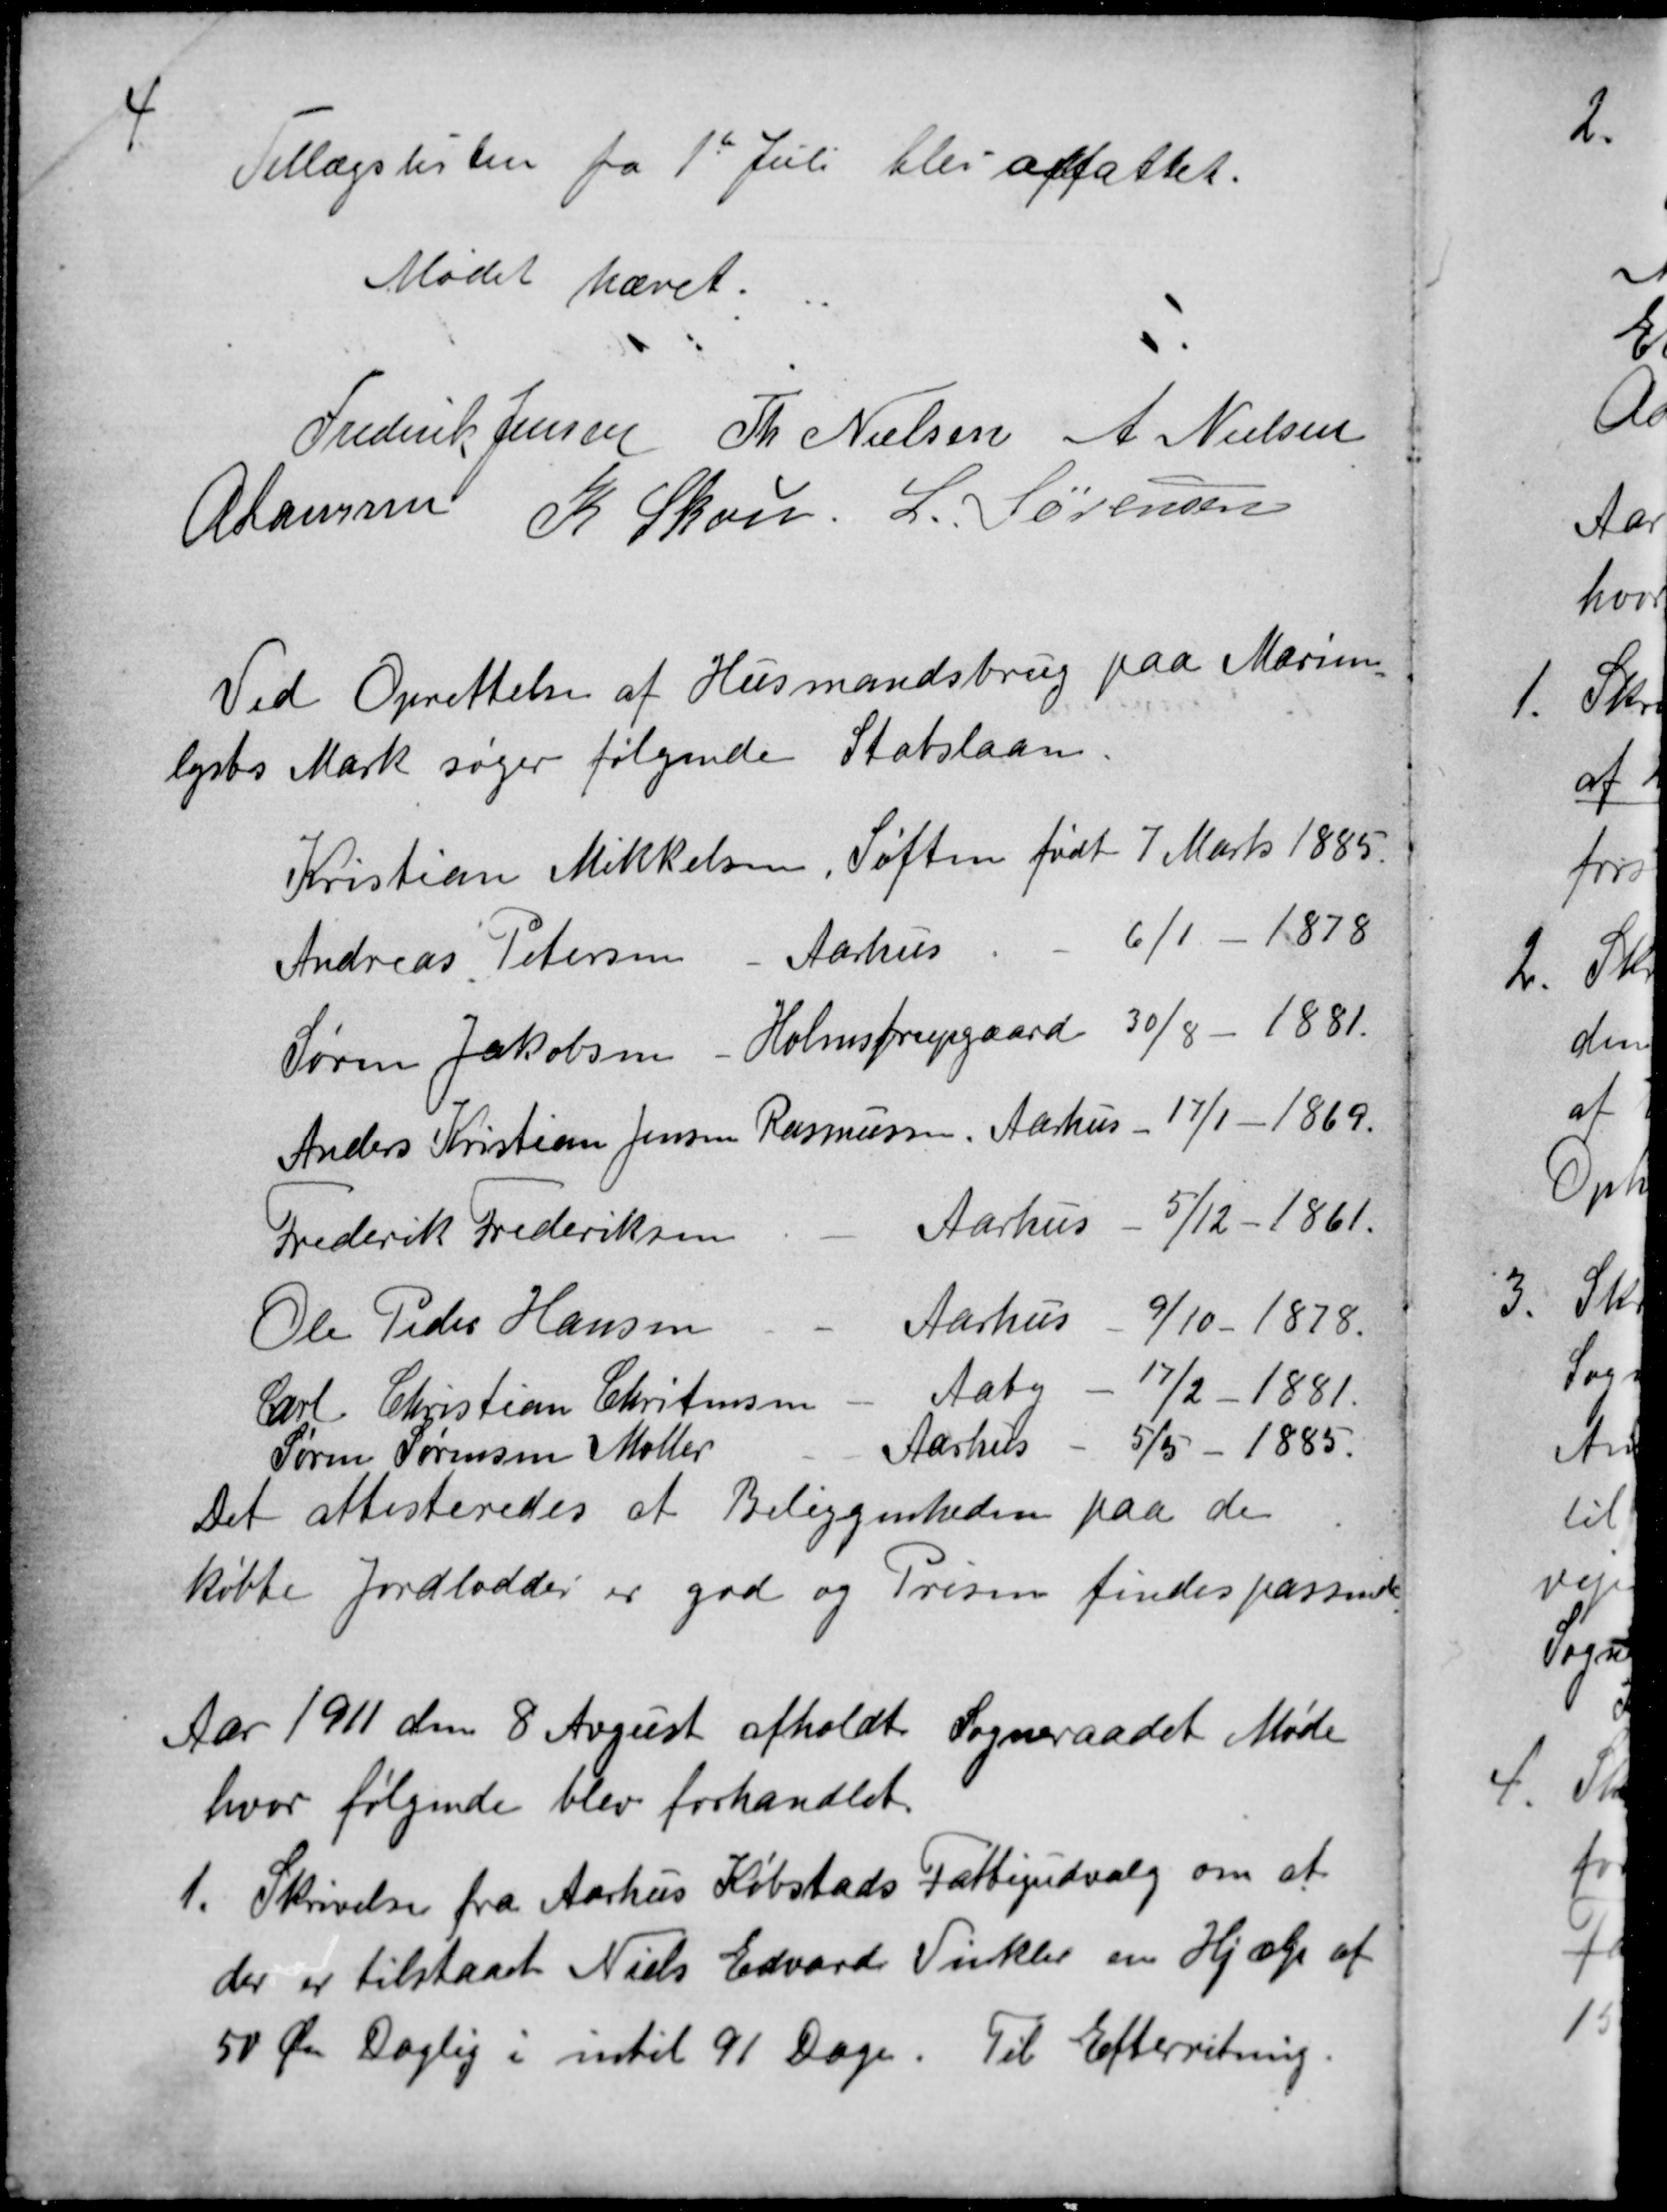
Transskription:
4
Tillægslisten fra 1st Juli blev affattet.
Mødet hævet.
Frederik Jensen Th Nielsen A Nielsen
A Laursen
K Skou. L. Sørensen
Ved Oprettelse af Husmandsbrug paa Marien=
lysts Mark søger følgende Statslaan.
Kristian Mikkelsen, Søften født 7 Marts 1885.
Andreas Petersen - Aarhus 
Andreas Petersen - Aarhus 
6/1 - 1878
Søren Jakobsen - Holmstrupgaard 30/8 - 1881.
Søren Jakobsen - Holmstrupgaard 30/8 - 1881.
Søren Jakobsen - Holmstrupgaard 30/8 - 1881.
Anders Kristian Jensen Rasmussen, Aarhus - 17/1 -1869.
Anders Kristian Jensen Rasmussen, Aarhus - 17/1 -1869.
Frederik Frederiksen
Aarhus - 5/12 - 1861.
Ole Peder Hansen 
Aarhus - 9/10 - 1878.
Carl Christian Christensen
Aaby - 17/2-1881.
Søren Sørensen Møller
Aarhus - 5/5 - 1885.
Det attesteredes at Beliggenheden paa de
købte Jordlodder er god og Prisen findes passende.
Aar 1911 den 8 August afholdt Sogneraadet Møde
hvor følgende blev forhandlet.
1. Skrivelse fra Aarhus Købstads Fattigudvalg om at 
der er tilstaaet Niels Edvard Vinkler en Hjælp af
50 Øre Daglig i intil 91 Dage. Til Efterretning.